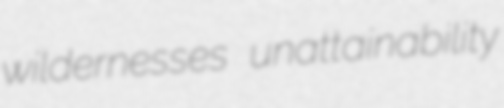
wildernesses unattainability